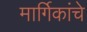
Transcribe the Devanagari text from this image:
मार्गिकांचे